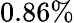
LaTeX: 0.86\%